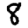
Digit: 8